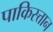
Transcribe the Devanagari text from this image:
पाकिस्त्तान